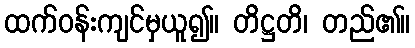
ထက်ဝန်းကျင်မှယူ၍။ တိဋ္ဌတိ၊ တည်၏။